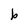
Character: b